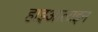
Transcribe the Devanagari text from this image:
हाइआलाइन